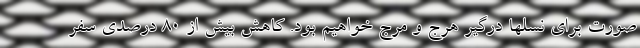
صورت برای نسلها درگیر هرج و مرج خواهیم بود. کاهش بیش از 80 درصدی سفر